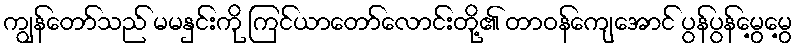
ကျွန်တော်သည် မမနှင်းကို ကြင်ယာတော်လောင်းတို့၏ တာဝန်ကျေအောင် ပွန်ပွန်မွေ့မွေ့